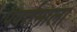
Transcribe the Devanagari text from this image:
पवर्तमाला